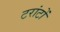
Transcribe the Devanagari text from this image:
टरांटों